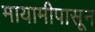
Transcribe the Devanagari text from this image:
मायामीपासून